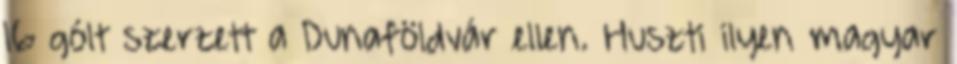
16 gólt szerzett a Dunaföldvár ellen. Huszti ilyen magyar